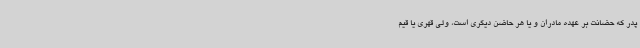
پدر که حضانت بر عهده مادران و یا هر حاضن دیگری است، ولی قهری یا قیم